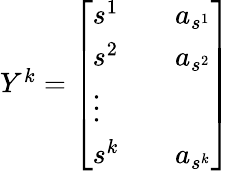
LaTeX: \begin{array}{r}{Y^{k}=\left[\begin{array}{lll}{s^{1}}&{}&{a_{s^{1}}}\\ {s^{2}}&{}&{a_{s^{2}}}\\ {\vdots}\\ {s^{k}}&{}&{a_{s^{k}}}\end{array}\right]}\end{array}